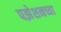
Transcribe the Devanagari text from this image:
पझेशनच्या